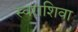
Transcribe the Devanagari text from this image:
स्वराशिवा